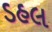
ડહલ